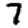
Digit: 7